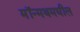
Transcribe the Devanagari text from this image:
मॉन्मथमधील